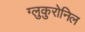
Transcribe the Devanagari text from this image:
ग्लुकुरोनिल